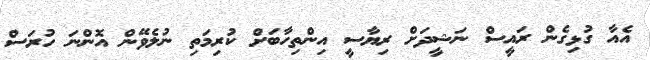
އެއާ ގުޅިގެން ރައީސް ނަޝީދަށް ރިޔާސީ އިންތިހާބަށް ކުރިމަތި ނުލެވޭން އޮންނަ ހުރަސް